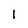
Character: l